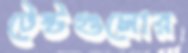
টেস্টগুলোর